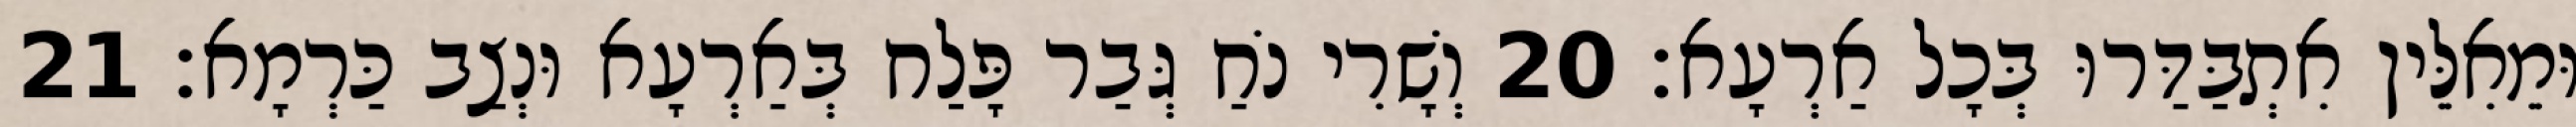
וּמֵאִלֵּין אִתְבַּדַּרוּ בְּכָל אַרְעָא׃ 20 וְשָׁרִי נֹחַ גְּבַר פָּלַח בְּאַרְעָא וּנְצַב כַּרְמָא׃ 21